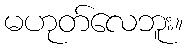
မဟုတ်လေဘူး။